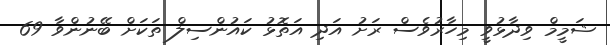
ޝަމީމް ވިދާޅުވީ މިހާރުވެސް ރަށު އަދި އަތޮޅު ކައުންސިލް ތަކަށް ބޭނުންވާ 69